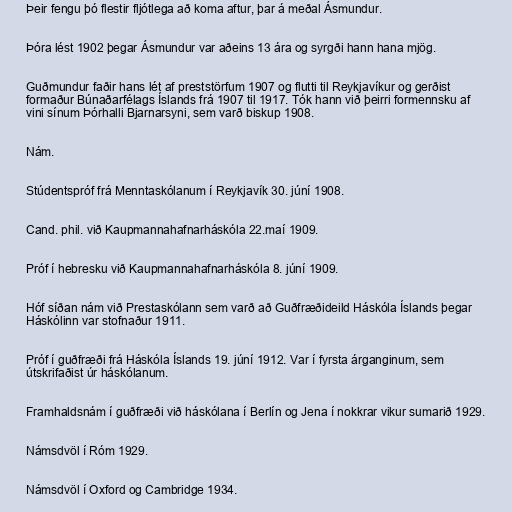
Þeir fengu þó flestir fljótlega að koma aftur, þar á meðal Ásmundur.

Þóra lést 1902 þegar Ásmundur var aðeins 13 ára og syrgði hann hana mjög.

Guðmundur faðir hans lét af preststörfum 1907 og flutti til Reykjavíkur og gerðist
formaður Búnaðarfélags Íslands frá 1907 til 1917. Tók hann við þeirri formennsku af
vini sínum Þórhalli Bjarnarsyni, sem varð biskup 1908.

Nám.

Stúdentspróf frá Menntaskólanum í Reykjavík 30. júní 1908.

Cand. phil. við Kaupmannahafnarháskóla 22.maí 1909.

Próf í hebresku við Kaupmannahafnarháskóla 8. júní 1909.

Hóf síðan nám við Prestaskólann sem varð að Guðfræðideild Háskóla Íslands þegar
Háskólinn var stofnaður 1911.

Próf í guðfræði frá Háskóla Íslands 19. júní 1912. Var í fyrsta árganginum, sem
útskrifaðist úr háskólanum.

Framhaldsnám í guðfræði við háskólana í Berlín og Jena í nokkrar vikur sumarið 1929.

Námsdvöl í Róm 1929.

Námsdvöl í Oxford og Cambridge 1934.